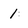
Character: 1